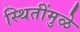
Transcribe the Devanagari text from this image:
स्थितींमुळे